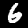
Digit: 6